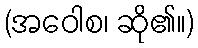
(အဝေါစ၊ ဆို၏။)